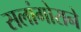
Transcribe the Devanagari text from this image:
सलांगोराने